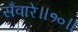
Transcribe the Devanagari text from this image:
सँवारे॥१०॥